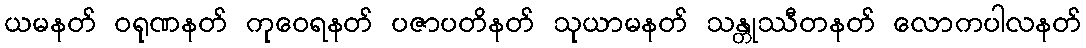
ယမနတ် ဝရုဏနတ် ကုဝေရနတ် ပဇာပတိနတ် သုယာမနတ် သန္တုဿီတနတ် လောကပါလနတ်